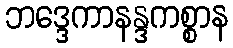
ဘဒ္ဒေကာနန္ဒကစ္စာန